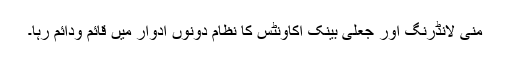
منی لانڈرنگ اور جعلی بینک اکاونٹس کا نظام دونوں ادوار میں قائم ودائم رہا۔